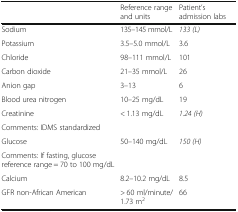
|  | Reference range and units | Patient’s admission labs |
 | --- | --- | --- |
 | Sodium | 135–145 mmol/L | 133 (L) |
 | Potassium | 3.5–5.0 mmol/L | 3.6 |
 | Chloride | 98–111 mmol/L | 101 |
 | Carbon dioxide | 21–35 mmol/L | 26 |
 | Anion gap | 3–13 | 6 |
 | Blood urea nitrogen | 10–25 mg/dL | 19 |
 | Creatinine | < 1.13 mg/dL | 1.24 (H) |
 | Comments: IDMS standardized |  |  |
 | Glucose | 50–140 mg/dL | 150 (H) |
 | Comments: If fasting, glucose reference range = 70 to 100 mg/dL |  |  |
 | Calcium | 8.2–10.2 mg/dL | 8.5 |
 | GFR non-African American | > 60 ml/minute/1.73 m2 | 66 |